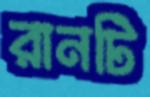
রানটি